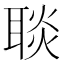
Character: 𦖠